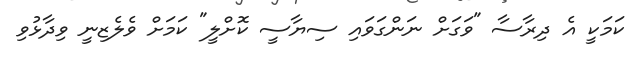
ކަމަކީ އެ ދިރާސާ "ވަގަށް ނަންގަވައި ސިޔާސީ ކޮށްލީ" ކަމަށް ވެލެޒިނީ ވިދާޅުވި